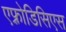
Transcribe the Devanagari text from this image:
एफ़्रोडिसिएस